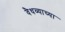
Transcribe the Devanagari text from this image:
वैधव्याच्या